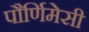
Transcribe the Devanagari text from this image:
पौर्णिमेसी